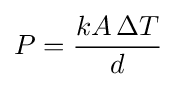
P={\frac {kA\,\Delta T}{d}}